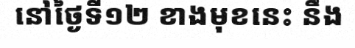
នៅថ្ងៃទី១២ ខាងមុខនេះ នឹង